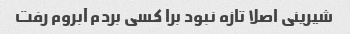
شیرینی اصلا تازه نبود برا کسی بردم آبروم رفت